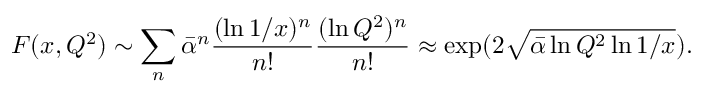
F ( x , Q ^ { 2 } ) \sim \sum _ { n } \bar { \alpha } ^ { n } \frac { ( \ln 1 / x ) ^ { n } } { n ! } \frac { ( \ln Q ^ { 2 } ) ^ { n } } { n ! } \approx \exp ( 2 \sqrt { \bar { \alpha } \ln Q ^ { 2 } \ln 1 / x } ) .